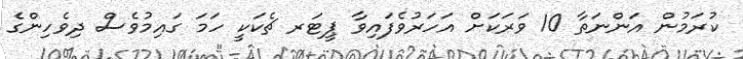
ކުރަމުން އަންނަތާ 10 ވަރަކަށް އަހަރުވެފައިވާ ޕީޓަރ ޗެކަކީ ހަމަ ގައިމުވެސް ދިވެހިންގެ